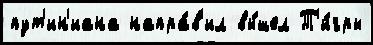
пут'ин'иана напра́в'ил вы́шел Т'и́гры